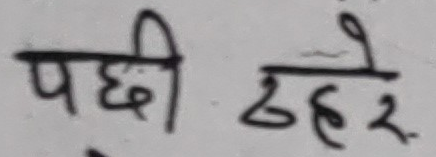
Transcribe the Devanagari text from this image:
पछी ठहरे